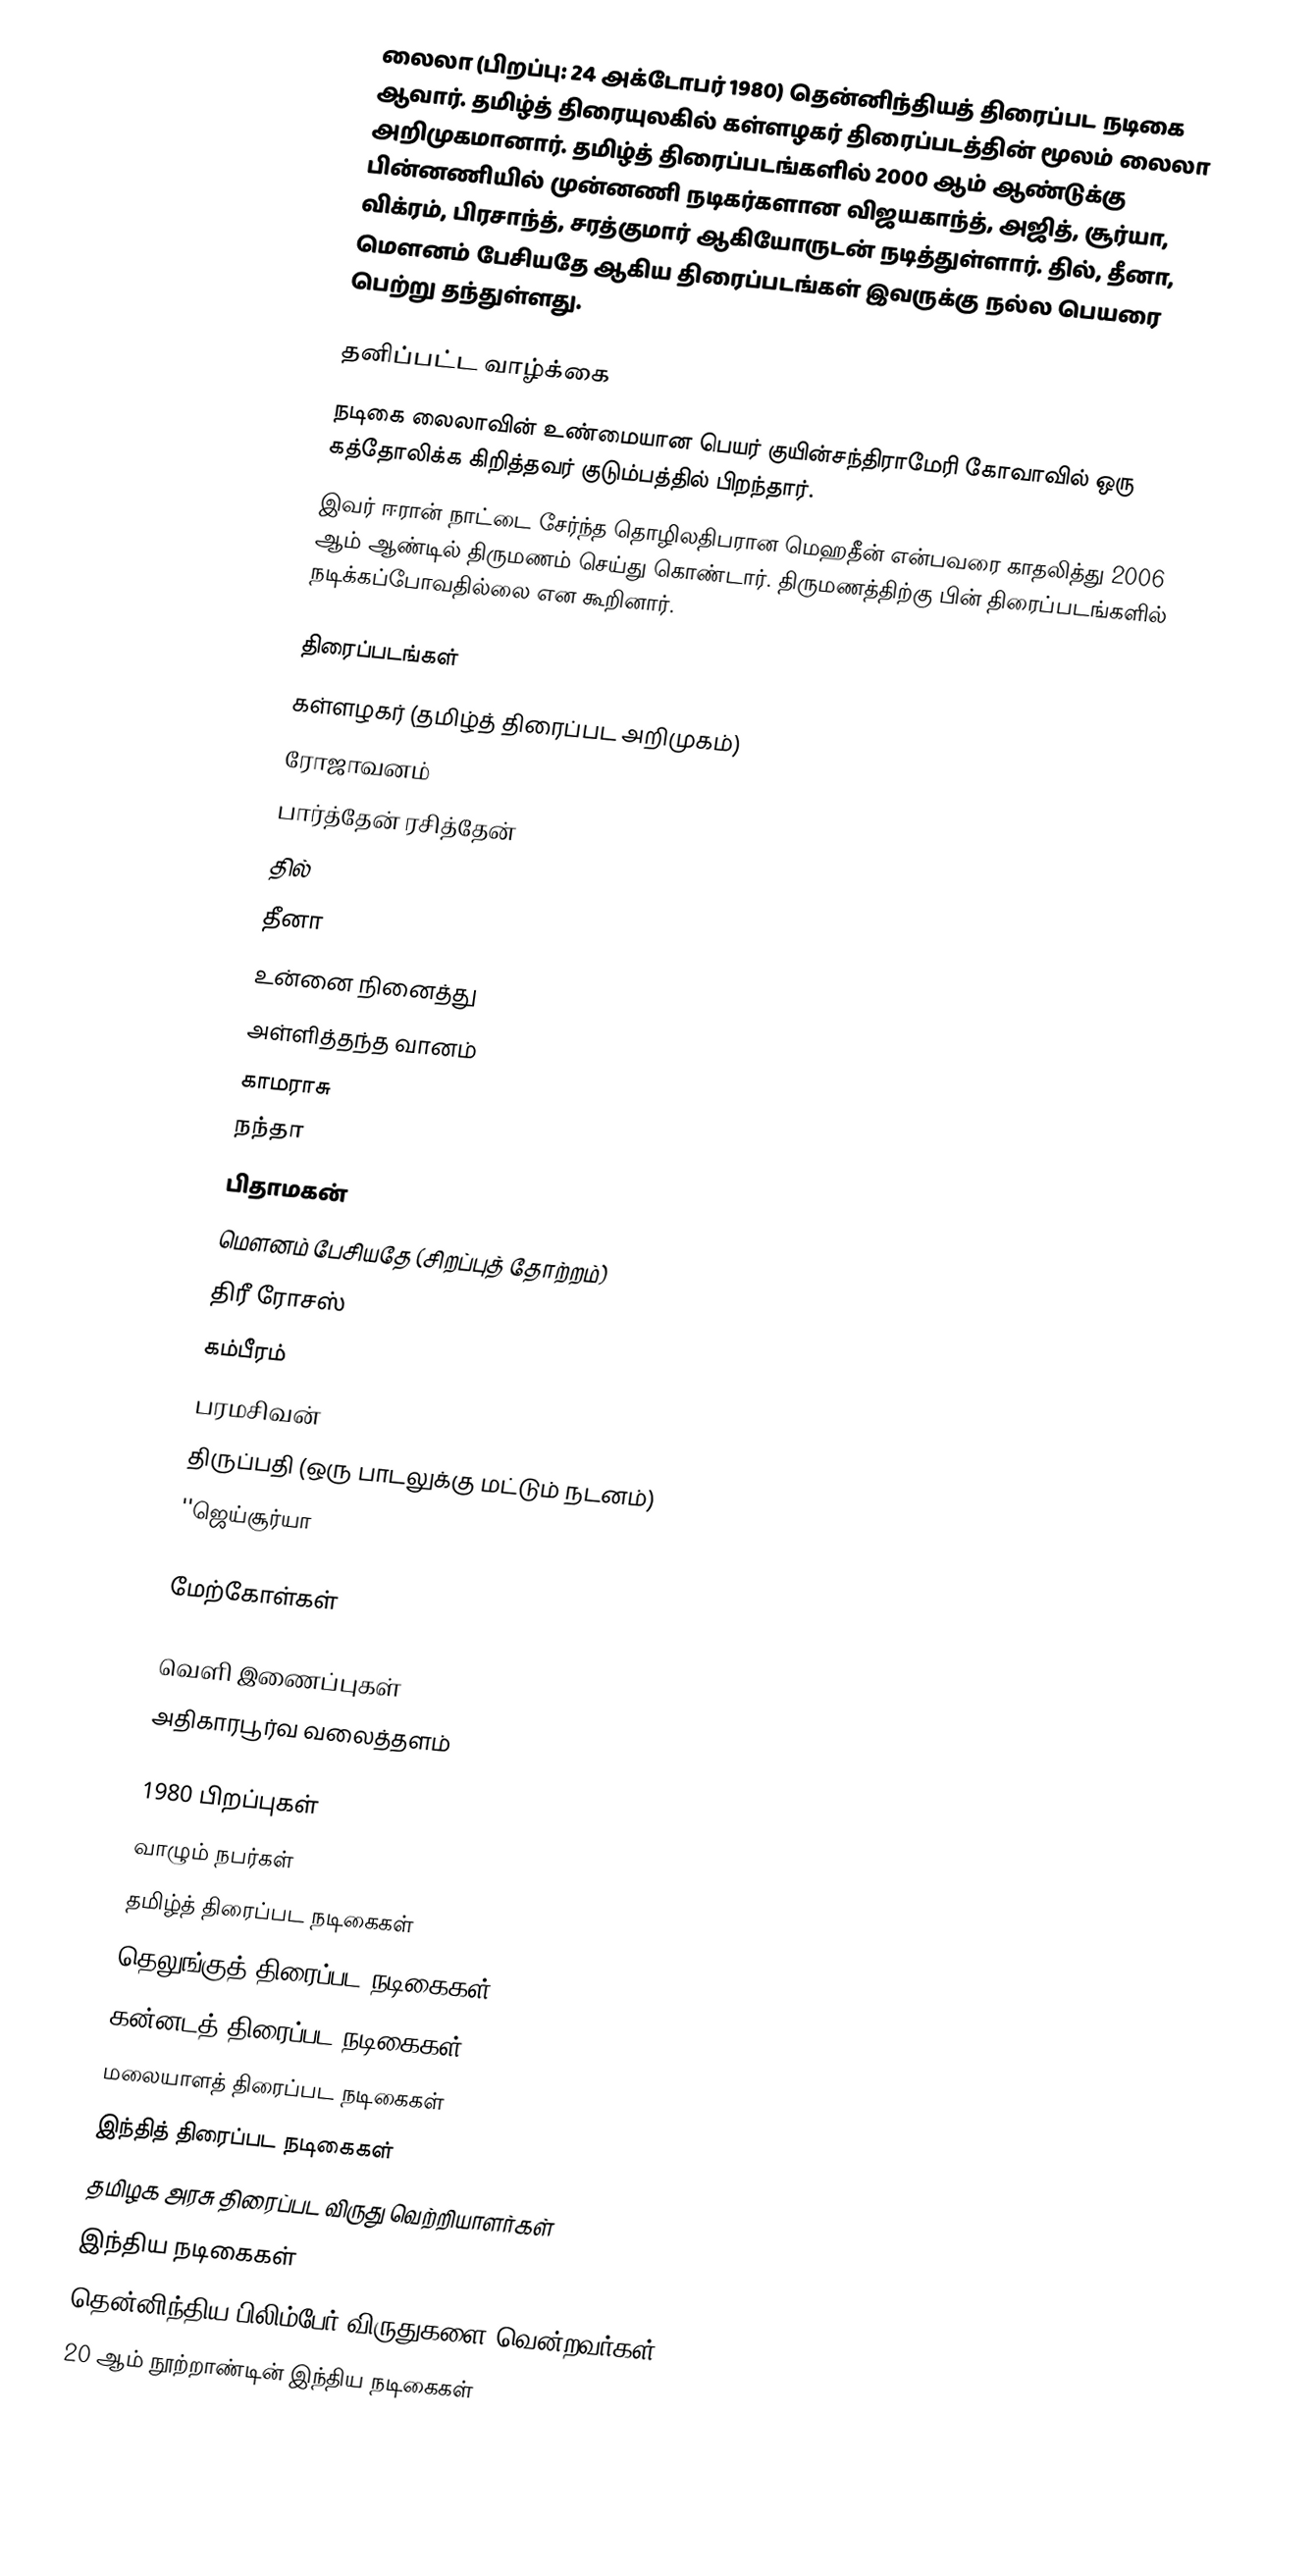
லைலா (பிறப்பு: 24 அக்டோபர் 1980) தென்னிந்தியத் திரைப்பட நடிகை ஆவார். தமிழ்த் திரையுலகில் கள்ளழகர் திரைப்படத்தின் மூலம் லைலா அறிமுகமானார். தமிழ்த் திரைப்படங்களில் 2000 ஆம் ஆண்டுக்கு பின்னணியில் முன்னணி நடிகர்களான விஜயகாந்த், அஜித், சூர்யா, விக்ரம், பிரசாந்த், சரத்குமார் ஆகியோருடன் நடித்துள்ளார். தில், தீனா, மௌனம் பேசியதே ஆகிய திரைப்படங்கள் இவருக்கு நல்ல பெயரை பெற்று தந்துள்ளது.

தனிப்பட்ட வாழ்க்கை
 நடிகை லைலாவின் உண்மையான பெயர் குயின்சந்திராமேரி கோவாவில் ஒரு கத்தோலிக்க கிறித்தவர் குடும்பத்தில் பிறந்தார்.
 இவர் ஈரான் நாட்டை சேர்ந்த தொழிலதிபரான மெஹதீன் என்பவரை காதலித்து 2006 ஆம் ஆண்டில் திருமணம் செய்து கொண்டார். திருமணத்திற்கு பின் திரைப்படங்களில் நடிக்கப்போவதில்லை என கூறினார்.

திரைப்படங்கள்
 கள்ளழகர் (தமிழ்த் திரைப்பட அறிமுகம்)
 ரோஜாவனம்
 பார்த்தேன் ரசித்தேன்
 தில்
 தீனா
 உன்னை நினைத்து
 அள்ளித்தந்த வானம்
 காமராசு
 நந்தா
 பிதாமகன்
 மௌனம் பேசியதே (சிறப்புத் தோற்றம்)
 திரீ ரோசஸ்
 கம்பீரம்
 பரமசிவன்
 திருப்பதி (ஒரு பாடலுக்கு மட்டும் நடனம்)
 ''ஜெய்சூர்யா

மேற்கோள்கள்

வெளி இணைப்புகள்
 அதிகாரபூர்வ வலைத்தளம்

1980 பிறப்புகள்
வாழும் நபர்கள்
தமிழ்த் திரைப்பட நடிகைகள்
தெலுங்குத் திரைப்பட நடிகைகள்
கன்னடத் திரைப்பட நடிகைகள்
மலையாளத் திரைப்பட நடிகைகள்
இந்தித் திரைப்பட நடிகைகள்
தமிழக அரசு திரைப்பட விருது வெற்றியாளர்கள்
இந்திய நடிகைகள்
தென்னிந்திய பிலிம்பேர் விருதுகளை வென்றவர்கள்
20 ஆம் நூற்றாண்டின் இந்திய நடிகைகள்